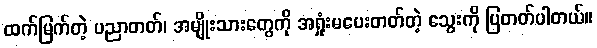
ထက်မြက်တဲ့ ပညာတတ်၊ အမျိုးသားတွေကို အရှုံးမပေးတတ်တဲ့ သွေးကို ပြတတ်ပါတယ်။